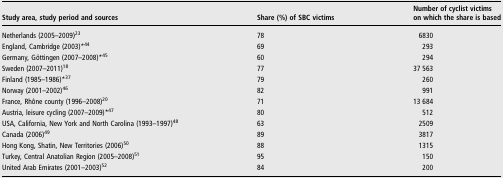
| Study area, study period and sources | Share (%) of SBC victims | Number of cyclist victims on which the share is based |
 | --- | --- | --- |
 | Netherlands (2005–2009)23 | 78 | 6830 |
 | England, Cambridge (2003)*44 | 69 | 293 |
 | Germany, Göttingen (2007–2008)*45 | 60 | 294 |
 | Sweden (2007–2011)18 | 77 | 37 563 |
 | Finland (1985–1986)*37 | 79 | 260 |
 | Norway (2001–2002)46 | 82 | 991 |
 | France, Rhône county (1996–2008)20 | 71 | 13 684 |
 | Austria, leisure cycling (2007–2009)*47 | 80 | 512 |
 | USA, California, New York and North Carolina (1993–1997)48 | 63 | 2509 |
 | Canada (2006)49 | 89 | 3817 |
 | Hong Kong, Shatin, New Territories (2006)50 | 88 | 1315 |
 | Turkey, Central Anatolian Region (2005–2008)51 | 95 | 150 |
 | United Arab Emirates (2001–2003)52 | 84 | 200 |